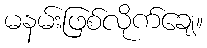
မနမ်းဖြစ်လိုက်ချေ။